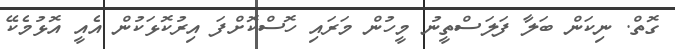
ގޮތް. ނިކަން ބަލާ ފަލަސްތީނު މީހުން މަރައި ހޮސްކޮށްފަ އިރުކޮޅަކުން އެއީ އޮޅުމެކޭ